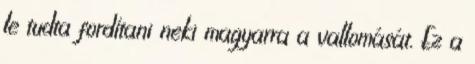
le tudta fordítani neki magyarra a vallomását. Ez a